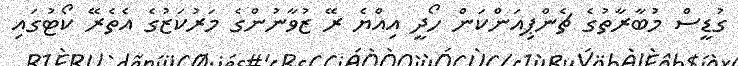
ގުޑީސް މުބާރާތުގެ ޗެންޕިއަންކަން ހޯދީ އިއްޔެ ރޭ ޒުވާނުންގެ މަރުކަޒުގެ އެތެރޭ ކޯޓުގައި